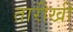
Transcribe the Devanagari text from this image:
तारीखी